Indian journal of veterinary science and animal husbandry - Volume 14,
Year: 1944
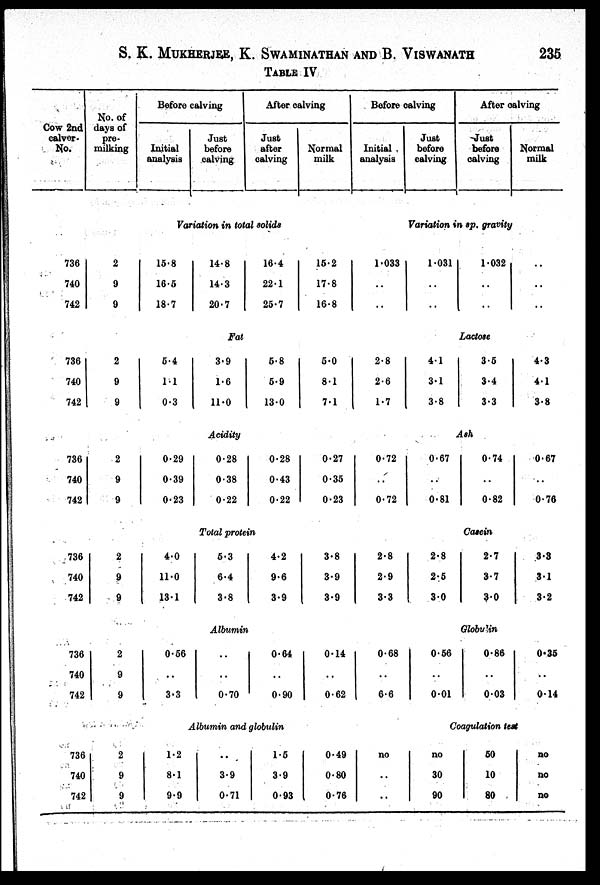
S. K. MUKHERJEE, K. SWAMINATHAN AND B. VISWANATH
235
TABLE IV
Cow 2nd
calver.
No.
736
740
742
736
740
742
736
740
742
736
740
742
736
740
742
736
740
742
No. of
days of
pre¬
milking
2
9
9
2
9
9
2
9
9
2
9
9
2
9
9
2
9
9
Before calving
Initial
analysis
Just
before
calving
After calving
Just
after
calving
Normal
milk
Variation in total solids
15.8
16.5
18.7
14.8
14.3
20.7
16.4
22.1
25.7
15.2
17.8
16.8
Fat
5.4
1.1
0.3
3.9
1.6
11.0
5.8
5.9
13.0
5.0
8.1
7.1
Acidity
0.29
0.39
0.23
0.28
0.38
0.22
0.28
0.43
0.22
0.27
0.35
0.23
Total protein
4.0
11.0
13.1
5.3
6.4
3.8
4.2
9.6
3.9
3.8
3.9
3.9
Albumin
0.56
. .
3.3
. .
. .
0.70
0.64
. .
0.90
0.14
. .
0.62
Albumin and globulin
1.2
8.1
9.9
. .
3.9
0.71
1.5
3.9
0.93
0.49
0.80
0.76
Before calving
Initial
analysis
Just
before
calving
After calving
Just
before
calving
Normal
milk
Variation in sp. gravity
1.033
. .
. .
1.031
. .
. .
1.032
. .
. .
. .
. .
. .
Lactose
2.8
2.6
1.7
4.1
3.1
3.8
3.5
3.4
3.3
4.3
4.1
3.8
Ash
0.72
. .
0.72
0.67
. .
0.81
0.74
. .
0.82
0.67
. .
0.76
Casein
2.8
2.9
3.3
2.8
2.5
3.0
2.7
3.7
3.0
3.3
3.1
3.2
Globulin
0.68
. .
6.6
0.56
. .
0.01
0.86
. .
0.03
0.35
. .
0.14
Coagulation teat
no
. .
. .
no
30
90
50
10
80
no
no
no